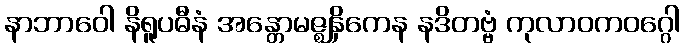
နာဘာဝေါ နိရူပဓီနံ အန္တောမဇ္ဈနှိကေန နဒိတဗ္ဗံ ကုလာဝကဝဂ္ဂေါ